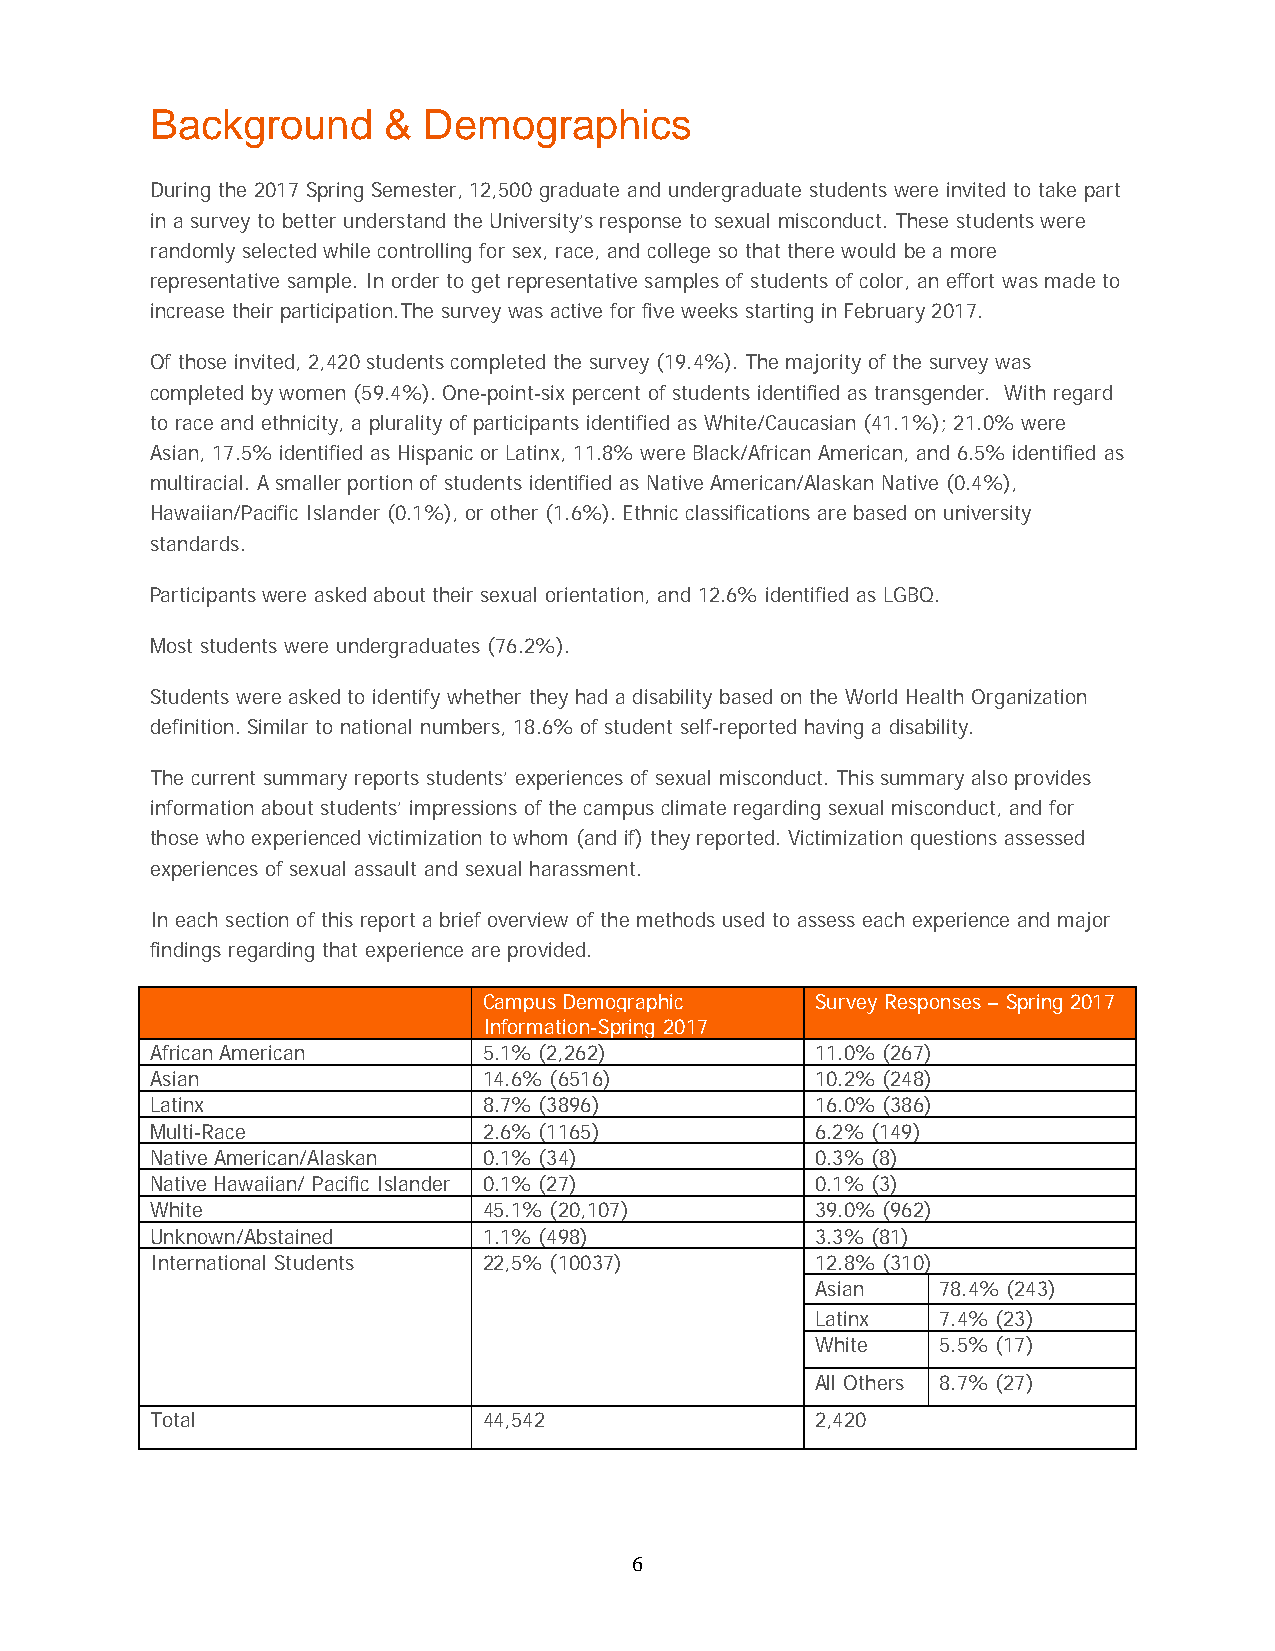
Background     &  Demographics
 During the 2017 Spring Semester, 12,500 graduate and undergraduate students were invited to take part
 in a survey to better understand the University’s response to sexual misconduct. These students were
 randomly selected while controlling for sex, race, and college so that there would be a more
 representative sample. In order to get representative samples of students of color, an effort was made to
 increase their participation.The survey was active for five weeks starting in February 2017.
 Of those invited, 2,420 students completed the survey (19.4%). The majority of the survey was
 completed by women (59.4%). One-point-six percent of students identified as transgender. With regard
 to race and ethnicity, a plurality of participants identified as White/Caucasian (41.1%); 21.0% were
 Asian, 17.5% identified as Hispanic or Latinx, 11.8% were Black/African American, and 6.5% identified as
 multiracial. A smaller portion of students identified as Native American/Alaskan Native (0.4%),
 Hawaiian/Pacific Islander (0.1%), or other (1.6%). Ethnic classifications are based on university
 standards.
 Participants were asked about their sexual orientation, and 12.6% identified as LGBQ.
 Most students were undergraduates (76.2%).
 Students were asked to identify whether they had a disability based on the World Health Organization
 definition. Similar to national numbers, 18.6% of student self-reported having a disability.
 The current summary reports students’ experiences of sexual misconduct. This summary also provides
 information about students’ impressions of the campus climate regarding sexual misconduct, and for
 those who experienced victimization to whom (and if) they reported. Victimization questions assessed
 experiences of sexual assault and sexual harassment.
 In each section of this report a brief overview of the methods used to assess each experience and major
 findings regarding that experience are provided.
 Campus Demographic    Survey Responses – Spring 2017
 Information-Spring 2017
 African American      5.1% (2,262)          11.0% (267)
 Asian                 14.6% (6516)          10.2% (248)
 Latinx                8.7% (3896)           16.0% (386)
 Multi-Race            2.6% (1165)           6.2% (149)
 Native American/Alaskan 0.1% (34)           0.3% (8)
 Native Hawaiian/ Pacific Islander 0.1% (27) 0.1% (3)
 White                 45.1% (20,107)        39.0% (962)
 Unknown/Abstained     1.1% (498)            3.3% (81)
 International Students 22,5% (10037)        12.8% (310)
 Asian   78.4% (243)
 Latinx  7.4% (23)
 White   5.5% (17)
 All Others 8.7% (27)
 Total                 44,542                2,420
 6